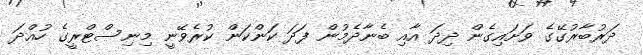
ދަރުބާރުގޭގެ ވަށައިގެން ދިދަ އާއި ބެނާދެމުން ފަދަ ކަންކަން ކުރެވޭނީ މިނިސްޓްރީގެ ހުއްދަ